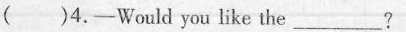
( )4.-Would you like the___?